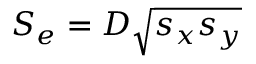
S _ { e } = D \sqrt { s _ { x } s _ { y } }